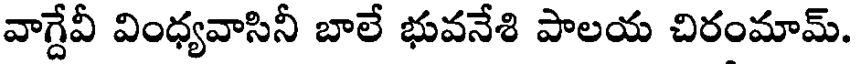
వాగ్దేవీ వింధ్యవాసినీ బాలే భువనేశి పాలయ చిరంమామ్.